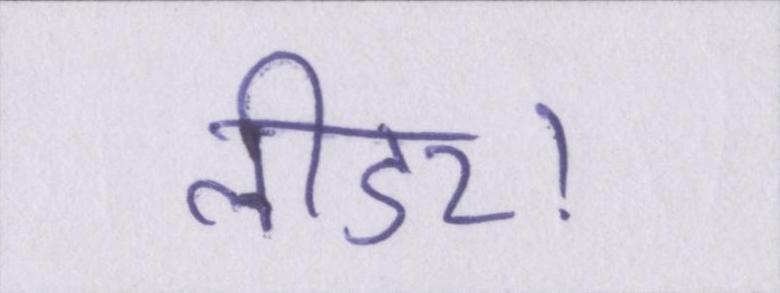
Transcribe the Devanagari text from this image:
लीडर।